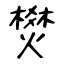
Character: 燓